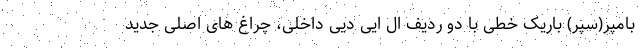
بامپر(سپر) باریک خطی با دو ردیف ال ایی دیی داخلی، چراغ های اصلی جدید